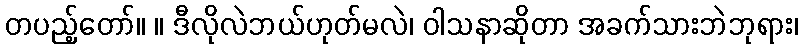
တပည့်တော်။ ။ ဒီလိုလဲဘယ်ဟုတ်မလဲ၊ ဝါသနာဆိုတာ အခက်သားဘဲဘုရား၊